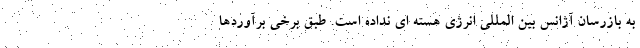
به بازرسان آژانس بین المللی انرژی هسته ای نداده است. طبق برخی برآوردها